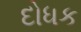
દોધક